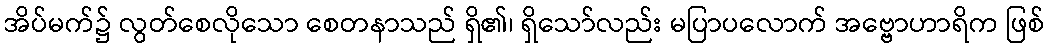
အိပ်မက်၌ လွတ်စေလိုသော စေတနာသည် ရှိ၏၊ ရှိသော်လည်း မပြာပလောက် အဗ္ဗောဟာရိက ဖြစ်